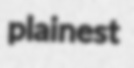
plainest